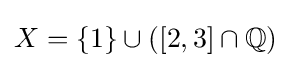
X=\{1\}\cup ([2,3]\cap \mathbb {Q} )